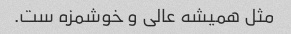
مثل همیشه عالی و خوشمزه ست.